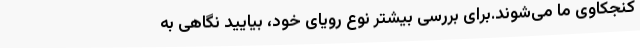
کنجکاوی ما می‌شوند.برای بررسی بیشتر نوع رویای خود، بیایید نگاهی به